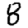
Digit: 8